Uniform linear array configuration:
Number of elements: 12
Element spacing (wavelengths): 0.75
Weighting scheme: cosine
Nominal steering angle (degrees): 45
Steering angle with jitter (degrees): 46.825
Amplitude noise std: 0.05
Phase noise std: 0.05

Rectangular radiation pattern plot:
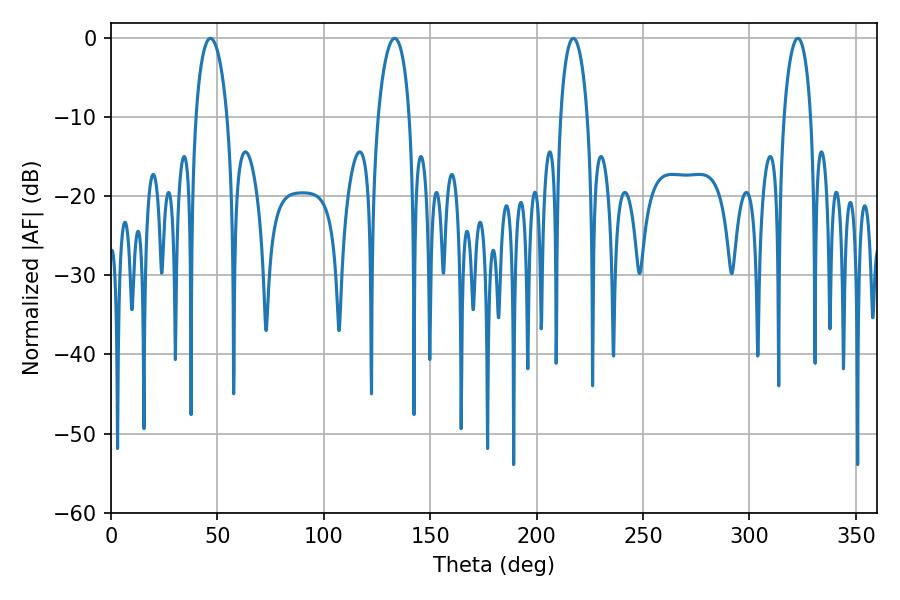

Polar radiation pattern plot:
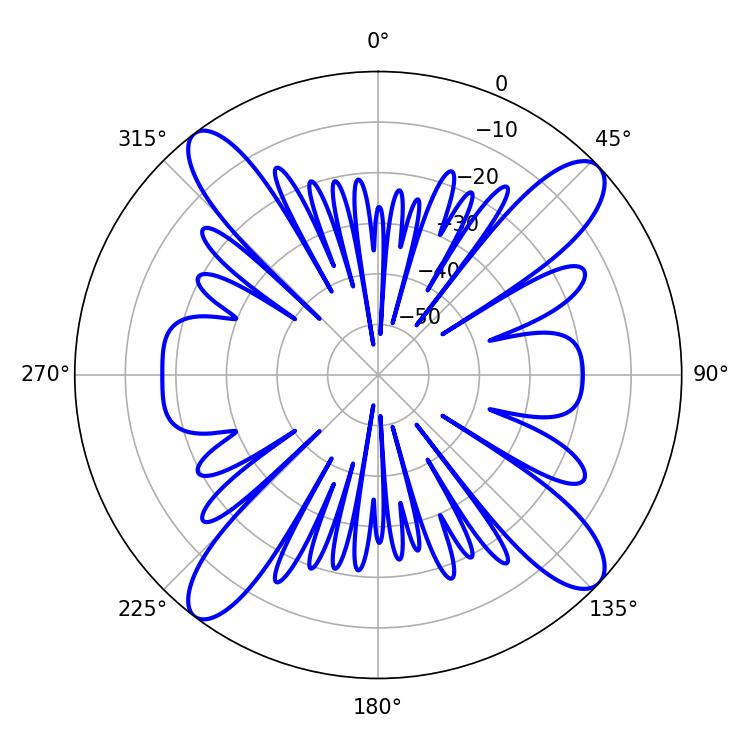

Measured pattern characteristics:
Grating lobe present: TRUE
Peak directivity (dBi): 15.105
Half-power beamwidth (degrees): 7.38
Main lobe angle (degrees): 217.26